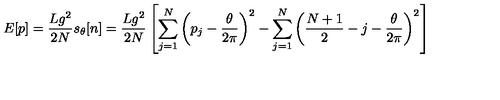
E [ p ] = \frac { L g ^ { 2 } } { 2 N } s _ { \theta } [ n ] = \frac { L g ^ { 2 } } { 2 N } \left[ \sum _ { j = 1 } ^ { N } \left( p _ { j } - \frac { \theta } { 2 \pi } \right) ^ { 2 } - \sum _ { j = 1 } ^ { N } \left( \frac { N + 1 } { 2 } - j - \frac { \theta } { 2 \pi } \right) ^ { 2 } \right]